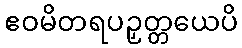
ဧဝမိတရပဉှတ္တယေပိ